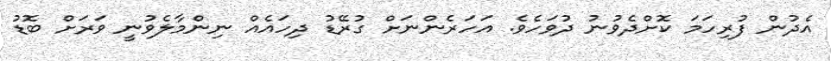
އެދުން ފުރިހަމަ ކޮށްދެވުނު ދުވަހެވެ. އަހަރެންނަށް ގުރޭޑު ދިހައެއް ނިންމާލެވުނީ ވަރަށް ބޮޑު